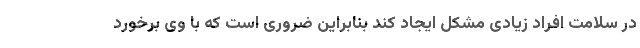
در سلامت افراد زیادی مشکل ایجاد کند بنابراین ضروری است که با وی برخورد